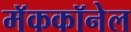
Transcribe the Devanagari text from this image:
मॅककॉनेल